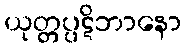
ယုတ္တပ္ပဋိဘာနော